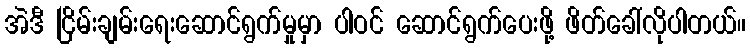
အဲဒီ ငြိမ်းချမ်းရေးဆောင်ရွက်မှုမှာ ပါဝင် ဆောင်ရွက်ပေးဖို့ ဖိတ်ခေါ်လိုပါတယ်။